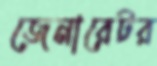
জেনারেটর